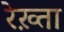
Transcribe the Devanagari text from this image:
रेख़्ता